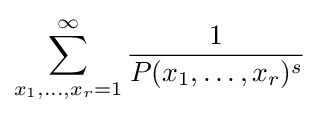
\sum _{x_{1},\dots ,x_{r}=1}^{\infty }{\frac {1}{P(x_{1},\dots ,x_{r})^{s}}}